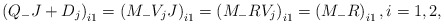
\begin{align*}\left(Q_-J+D_j\right)_{i1}=\left(M_- V_j J\right)_{i1}=\left(M_-R V_j\right)_{i1}=\left(M_- R\right)_{i1},i=1,2,\end{align*}